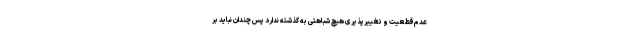
عدم‌قطعیت و تغییرپذیری هیچ شباهتی به گذشته ندارد پس چندان نباید بر